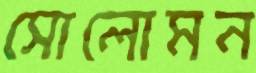
সোলোমন